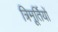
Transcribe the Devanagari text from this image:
त्रिमूर्तियों